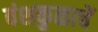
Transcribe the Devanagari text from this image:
वंशकुळाचें